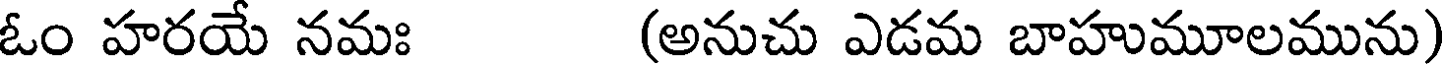
ఓం హరయే నమః (అనుచు ఎడమ బాహుమూలమును)